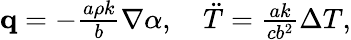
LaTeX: \begin{array}{r}{\mathbf q=-\frac{a\rho k}{b}\nabla\alpha,\quad\ddot{T}=\frac{ak}{cb^{2}}\Delta T,}\end{array}